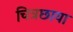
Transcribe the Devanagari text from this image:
चित्रछाया